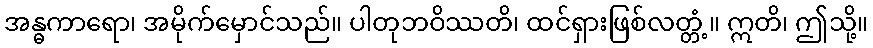
အန္ဓကာရော၊ အမိုက်မှောင်သည်။ ပါတုဘဝိဿတိ၊ ထင်ရှားဖြစ်လတ္တံ့။ ဣတိ၊ ဤသို့။